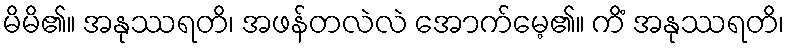
မိမိ၏။ အနုဿရတိ၊ အဖန်တလဲလဲ အောက်မေ့၏။ ကိံ အနုဿရတိ၊